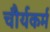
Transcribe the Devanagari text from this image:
चौर्यकर्म